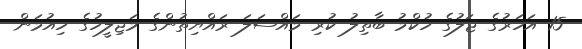
15 އަހަރުގެ ޖަލުގެ ހުކްމު ބާތިލު ކުރި މައްސަލަ ރައްޔިތުންގެ މަޖިލީހުގެ ހިއުމަން